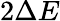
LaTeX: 2\Delta E